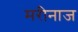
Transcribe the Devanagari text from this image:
मरीनाज